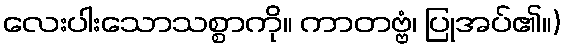
လေးပါးသောသစ္စာကို။ ကာတဗ္ဗံ၊ ပြုအပ်၏။)